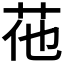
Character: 𦭟